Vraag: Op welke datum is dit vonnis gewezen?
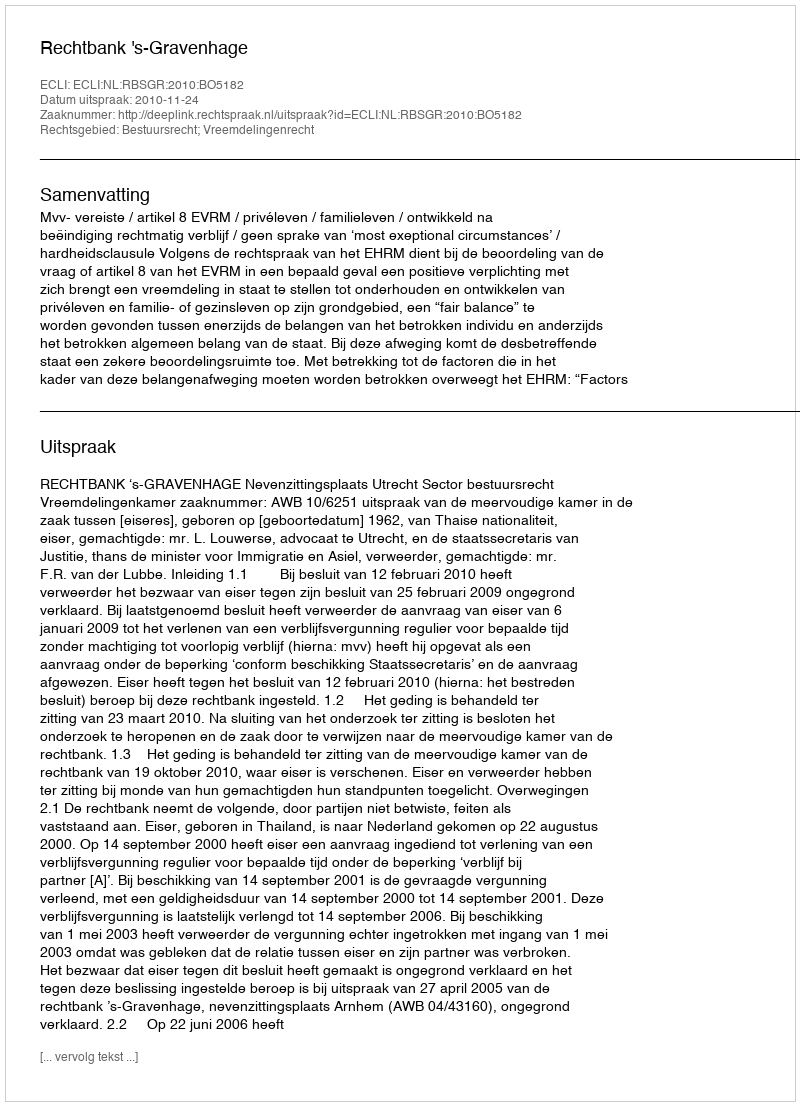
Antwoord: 2010-11-24